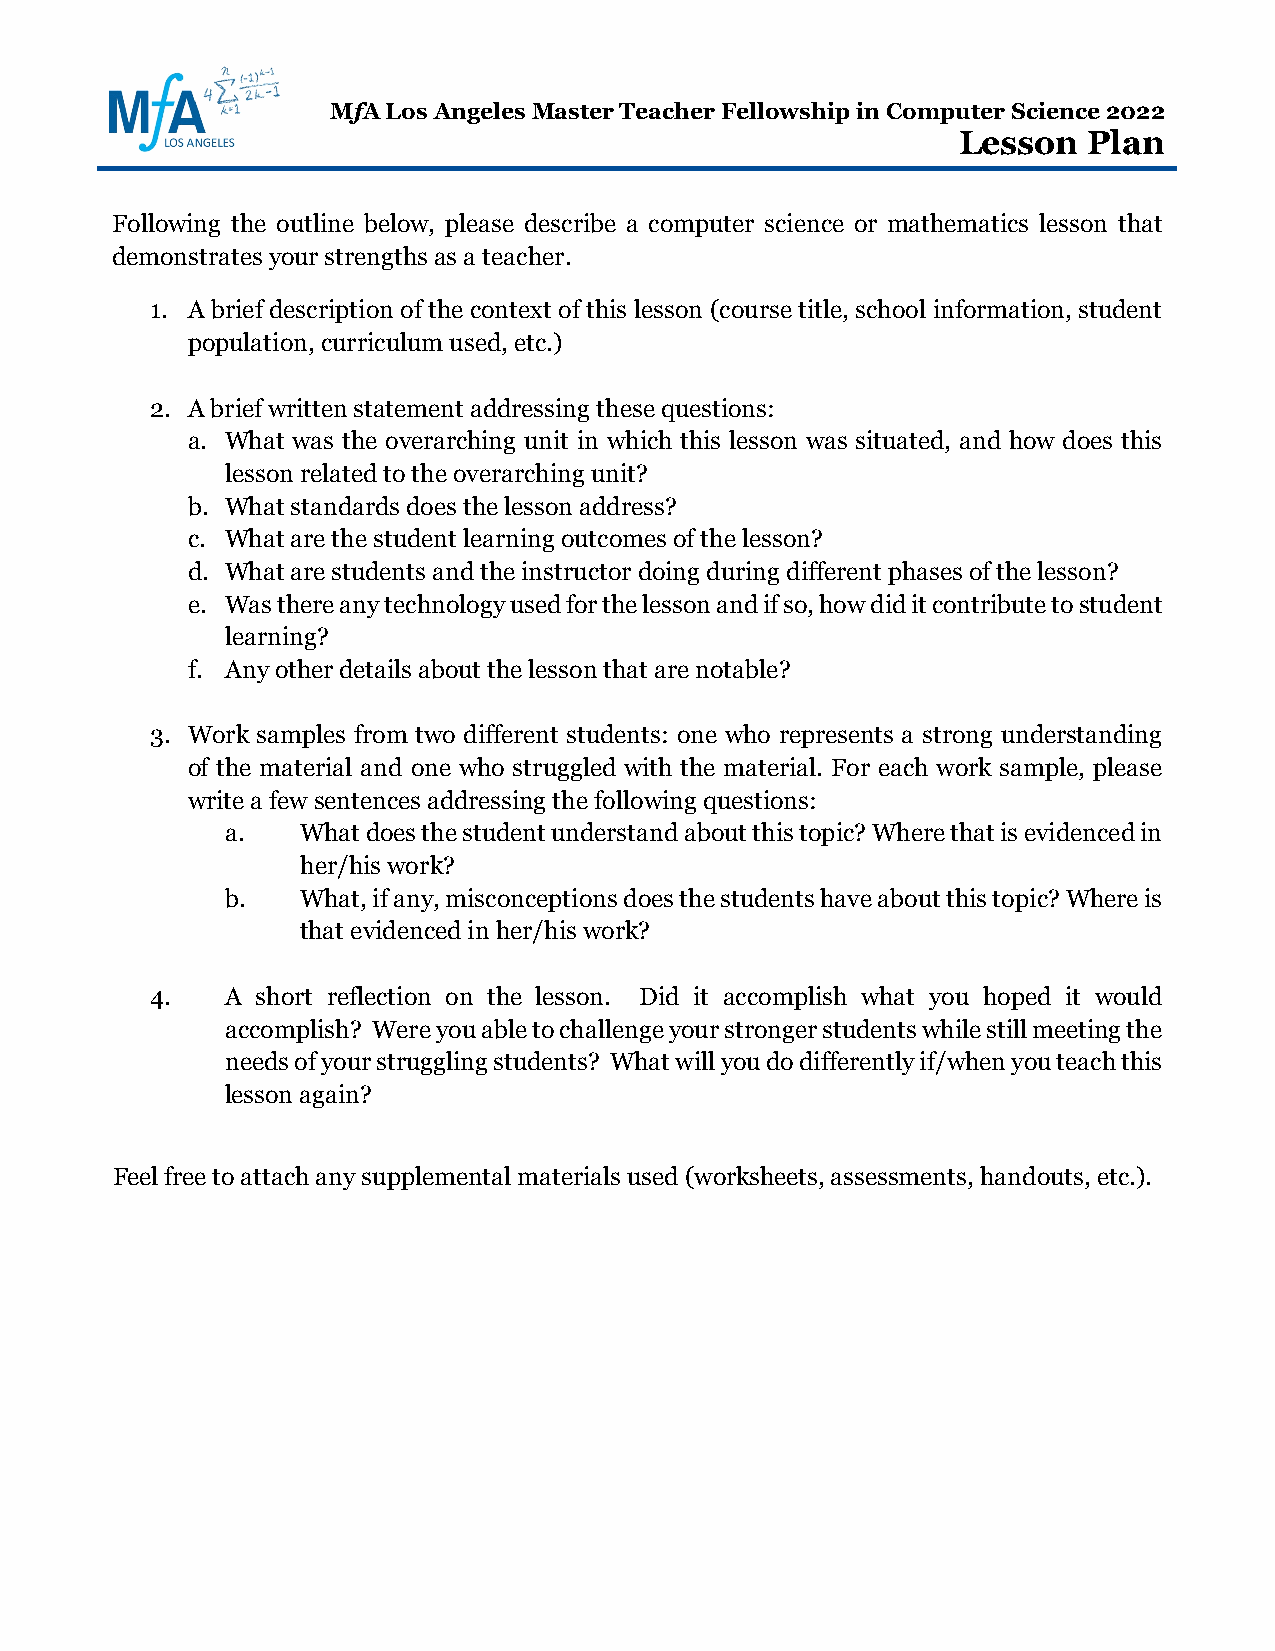
MfA Los Angeles Master Teacher Fellowship in Computer Science 2022
 Lesson   Plan
 Following the outline below, please describe a computer science or mathematics lesson that
 demonstrates your strengths as a teacher.
 1. A brief description of the context of this lesson (course title, school information, student
 population, curriculum used, etc.)
 2. A brief written statement addressing these questions:
 a. What was the overarching unit in which this lesson was situated, and how does this
 lesson related to the overarching unit?
 b. What standards does the lesson address?
 c. What are the student learning outcomes of the lesson?
 d. What are students and the instructor doing during different phases of the lesson?
 e. Was there any technology used for the lesson and if so, how did it contribute to student
 learning?
 f. Any other details about the lesson that are notable?
 3. Work samples from two different students: one who represents a strong understanding
 of the material and one who struggled with the material. For each work sample, please
 write a few sentences addressing the following questions:
 a.   What does the student understand about this topic? Where that is evidenced in
 her/his work?
 b.   What, if any, misconceptions does the students have about this topic? Where is
 that evidenced in her/his work?
 4.   A short reflection on the lesson. Did it accomplish what you hoped it would
 accomplish? Were you able to challenge your stronger students while still meeting the
 needs of your struggling students? What will you do differently if/when you teach this
 lesson again?
 Feel free to attach any supplemental materials used (worksheets, assessments, handouts, etc.).